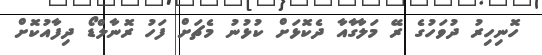
ހޮނިހިރު ދުވަހުގެ ރޭ މަލާގާއާ ދެކޮޅަށް ކުޅުނު މެޗަށް ފަހު ރޮނާލްޑޯ ދިފާއުކޮށް